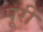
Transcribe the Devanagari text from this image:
पूूरी